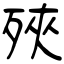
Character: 殎